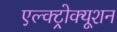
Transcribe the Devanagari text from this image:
एल्क्ट्रोक्यूशन